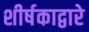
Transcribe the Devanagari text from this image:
शीर्षकाद्वारे